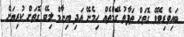
ބައިވެރިވެވޭ ގޮތަށް ތަފާތު ގޭމްތެއް ހިމެނޭ އަދި އިނާމް ލިބޭ ގޮތަށް ކުރިޔަށް